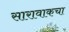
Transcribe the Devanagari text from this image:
सारावाकचा